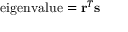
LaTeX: { \mathrm { e i g e n v a l u e } } = \mathbf { r } ^ { T } \mathbf { s }